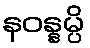
နဝန္နမ္ပိ